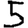
Digit: 5